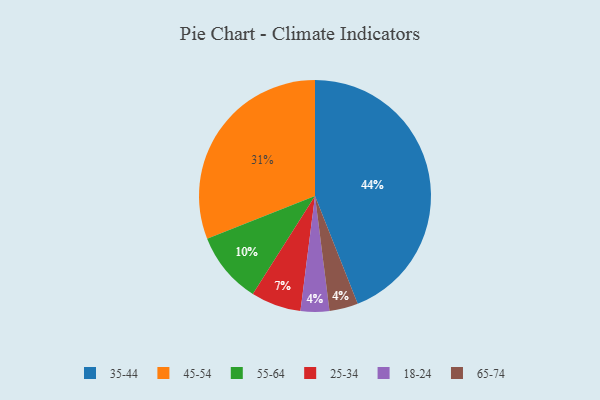
{"axis": {"x": "Category", "y": "Percentage"}, "legend": ["18-24", "25-34", "35-44", "45-54", "55-64", "65-74"], "data": [{"x": "45-54", "y": 31, "type": "45-54"}, {"x": "35-44", "y": 44, "type": "35-44"}, {"x": "55-64", "y": 10, "type": "55-64"}, {"x": "18-24", "y": 4, "type": "18-24"}, {"x": "25-34", "y": 7, "type": "25-34"}, {"x": "65-74", "y": 4, "type": "65-74"}]}